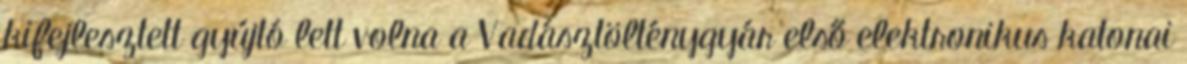
kifejlesztett gyújtó lett volna a Vadásztölténygyár első elektronikus katonai